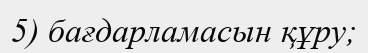
5) бағдарламасын құру;